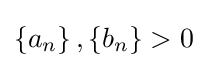
\left\{a_{n}\right\},\left\{b_{n}\right\}>0